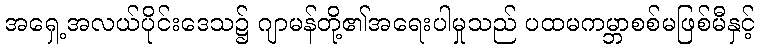
အရှေ့အလယ်ပိုင်းဒေသ၌ ဂျာမန်တို့၏အရေးပါမှုသည် ပထမကမ္ဘာစစ်မဖြစ်မီနှင့်